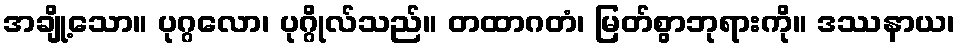
အချို့သော။ ပုဂ္ဂလော၊ ပုဂ္ဂိုလ်သည်။ တထာဂတံ၊ မြတ်စွာဘုရားကို။ ဒဿနာယ၊